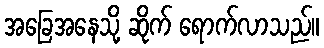
အခြေအနေသို့ ဆိုက် ရောက်လာသည်။